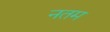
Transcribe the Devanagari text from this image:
नतम